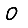
Digit: 0